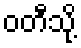
ဝတီသို့